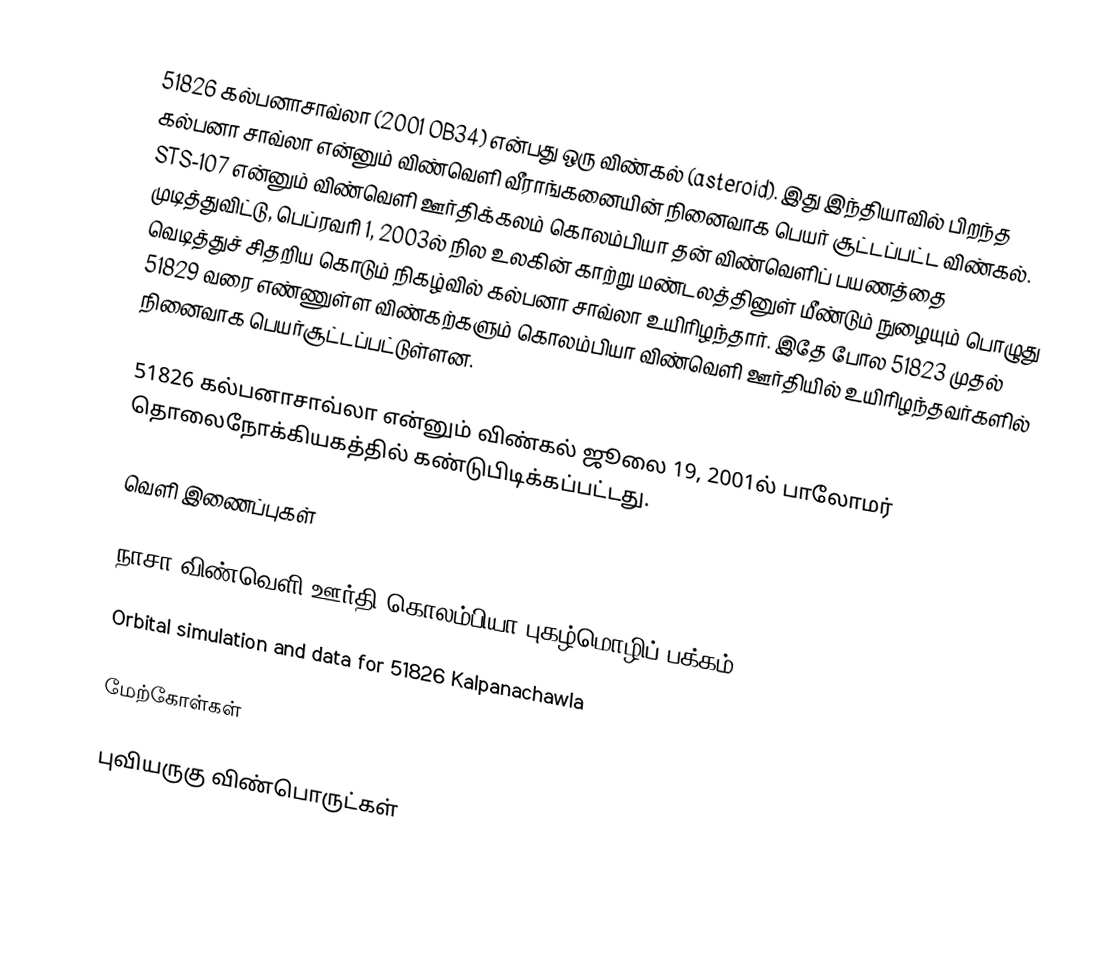
51826 கல்பனாசாவ்லா (2001 OB34) என்பது ஒரு விண்கல் (asteroid). இது இந்தியாவில் பிறந்த கல்பனா சாவ்லா என்னும் விண்வெளி வீராங்கனையின் நினைவாக பெயர் சூட்டப்பட்ட விண்கல். STS-107 என்னும் விண்வெளி ஊர்திக்கலம் கொலம்பியா தன் விண்வெளிப் பயணத்தை முடித்துவிட்டு, பெப்ரவரி 1, 2003ல் நில உலகின் காற்று மண்டலத்தினுள் மீண்டும் நுழையும் பொழுது வெடித்துச் சிதறிய கொடும் நிகழ்வில் கல்பனா சாவ்லா உயிரிழந்தார். இதே போல 51823 முதல் 51829 வரை எண்ணுள்ள விண்கற்களும் கொலம்பியா விண்வெளி ஊர்தியில் உயிரிழந்தவர்களில் நினைவாக பெயர்சூட்டப்பட்டுள்ளன.

51826 கல்பனாசாவ்லா என்னும் விண்கல் ஜூலை 19, 2001ல் பாலோமர் தொலைநோக்கியகத்தில் கண்டுபிடிக்கப்பட்டது.

வெளி இணைப்புகள்

 நாசா விண்வெளி ஊர்தி கொலம்பியா புகழ்மொழிப் பக்கம் (NASA JPL - Space Shuttle Columbia Tribute page)
 Orbital simulation and data for 51826 Kalpanachawla

மேற்கோள்கள்

புவியருகு விண்பொருட்கள்